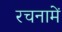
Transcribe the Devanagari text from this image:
रचनामें